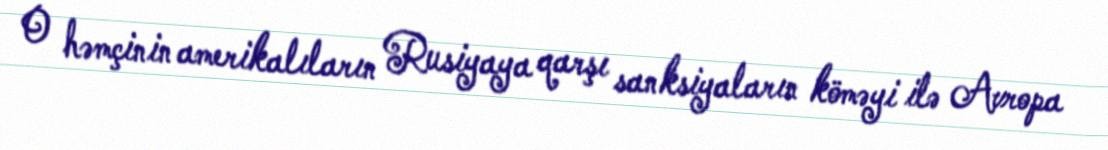
O həmçinin amerikalıların Rusiyaya qarşı sanksiyaların köməyi ilə Avropa